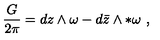
{ \frac { G } { 2 \pi } } = d z \wedge \omega - d { \bar { z } } \wedge * \omega \ ,